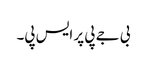
بی جے پی پر ایس پی۔